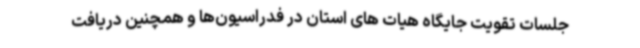
جلسات تقویت جایگاه هیات های استان در فدراسیون‌ها و همچنین دریافت